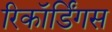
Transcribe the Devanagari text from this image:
रिकॉर्डिंगस